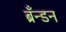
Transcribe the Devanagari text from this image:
ब्रँन्डन